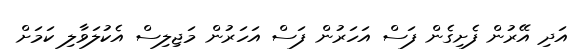
އަދި އޭރުން ފެށިގެން ފަސް އަހަރުން ފަސް އަހަރުން މަޖިލިސް އެކުލަވާލި ކަމަށް